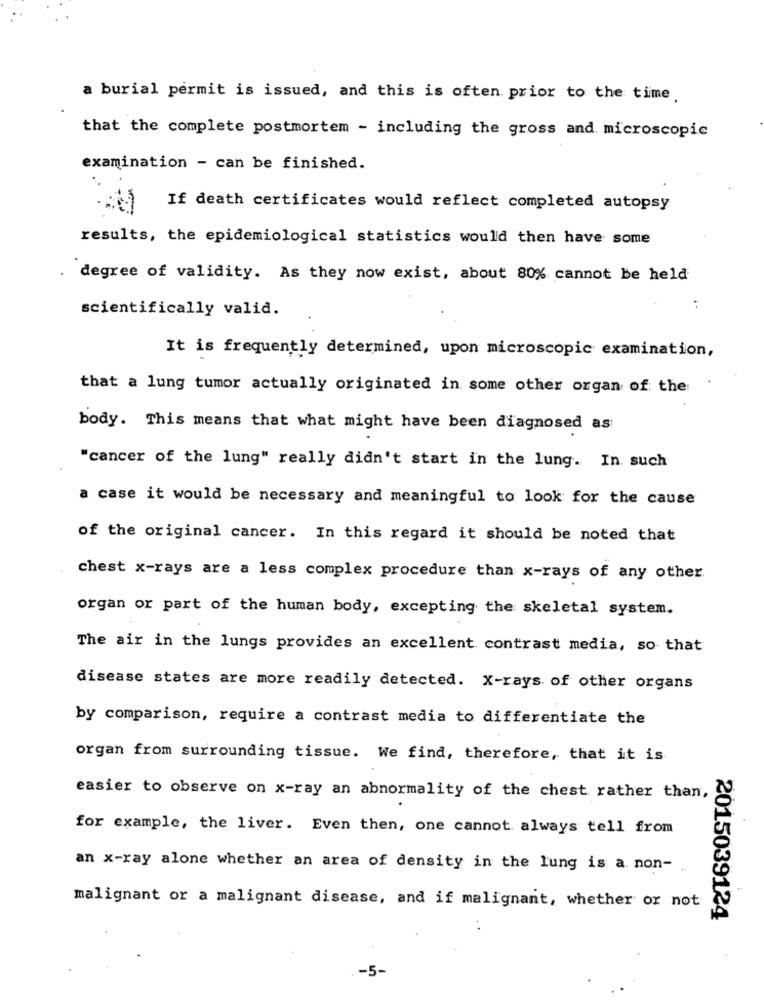
a burial permit is issued, and this is often prior to the time.
that the complete postmortem - including the gross and microscopic
examination - can be finished.
If death certificates would reflect completed autopsy
results, the epidemiological statistics would then have some
degree of validity. As they now exist, about 80% cannot be held
scientifically valid.
It is frequently determined, upon microscopic examination,
that a lung tumor actually originated in some other organ of the:
body. This means that what might have been diagnosed as
"cancer of the lung" really didn't start in the lung. In such
a case it would be necessary and meaningful to look for the cause
of the original cancer. In this regard it should be noted that
chest x-rays are a less complex procedure than x-rays of any other
organ or part of the human body, excepting the skeletal system.
The air in the lungs provides an excellent contrast media, so that
disease states are more readily detected. X-rays of other organs
by comparison, require a contrast media to differentiate the
organ from surrounding tissue. We find, therefore, that it is
easier to observe on x-ray an abnormality of the chest rather than,
for example, the liver. Even then, one cannot always tell from
an x-ray alone whether an area of density in the lung is a. non- ..
malignant or a malignant disease, and if malignant, whether or not
2015039124
-5-